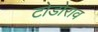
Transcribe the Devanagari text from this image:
टोडोराव